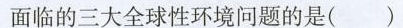
面临的三大全球性环境问题的是()A.酸雨 B.温室效应 C.臭氧层破坏D.人口急剧增长